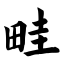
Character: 畦